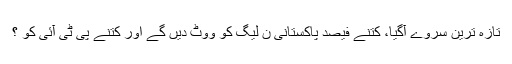
تازہ ترین سروے آگیا، کتنے فیصد پاکستانی ن لیگ کو ووٹ دیں گے اور کتنے پی ٹی آئی کو ؟